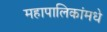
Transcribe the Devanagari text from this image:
महापालिकांमधे